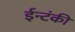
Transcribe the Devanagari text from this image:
ईन्टंकी